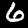
Label: 6